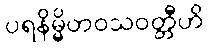
ပရနိမ္မိတဝသဝတ္တီဟိ